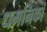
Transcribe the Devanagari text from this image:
धमनिकां